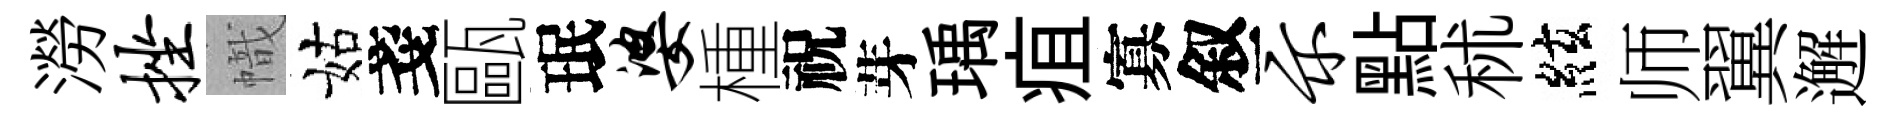
澇挫幟姑戔甌珉婆㮔祝芽瑀疽寡叙示點秫絃师翼邂